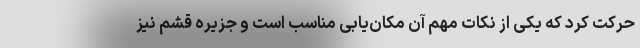
حرکت کرد که یکی از نکات مهم آن مکان‌یابی مناسب است و جزیره قشم نیز